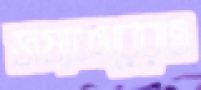
ভাষ্যকারেরাও